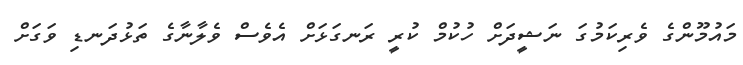
މައުމޫންގެ ވެރިކަމުގަ ނަޝީދަށް ހުކުމް ކުރީ ރަނގަޅަށް އެވެސް ވެލާނާގެ ތަޅުދަނޑި ވަގަށް